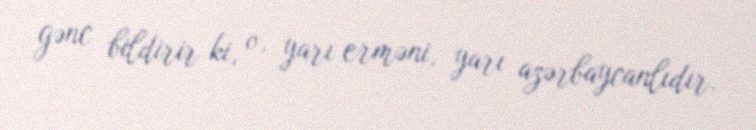
gənc bildirir ki, o, yarı erməni, yarı azərbaycanlıdır.